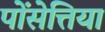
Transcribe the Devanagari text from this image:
पोंसेत्तिया